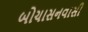
બોચાસનવાસી